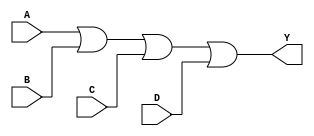
module four_input_or_gate (
    input A, 
    input B, 
    input C, 
    input D, 
    output Y
);

assign Y = (A | B | C | D);

endmodule